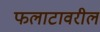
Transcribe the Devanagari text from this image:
फलाटावरील